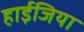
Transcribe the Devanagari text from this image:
हाईजिया